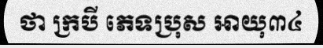
ថា ក្របី ភេទប្រុស អាយុ៣៤